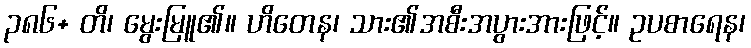
၃၈၆+ တိ၊ မွေးမြူ၏။ ဟိတေန၊ သား၏အစီးအပွားအားဖြင့်။ ဥပစာရေန၊